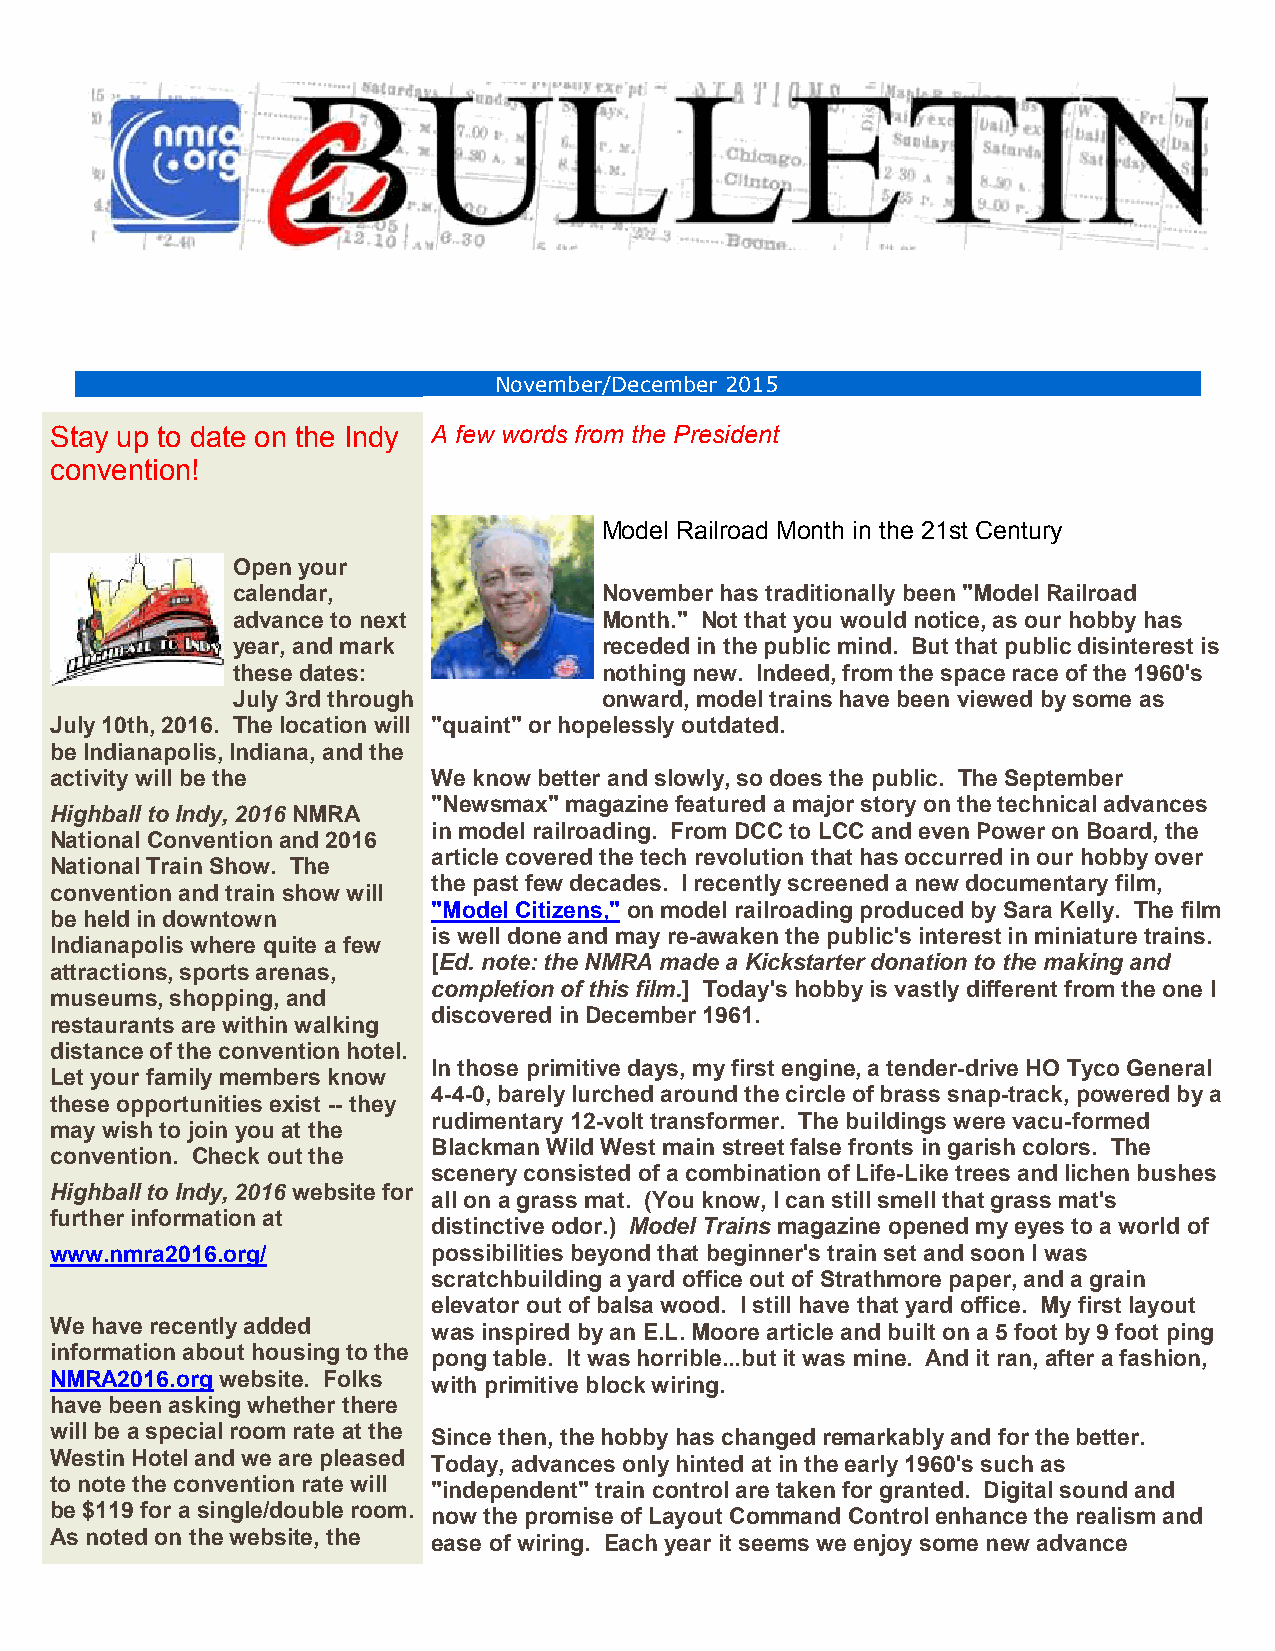
November/December 2015
 Stay up to date on the Indy A few words from the President
 convention!
 Model Railroad Month in the 21st Century
 Open your
 calendar,                November has traditionally been "Model Railroad
 advance to next          Month." Not that you would notice, as our hobby has
 year, and mark           receded in the public mind. But that public disinterest is
 these dates:             nothing new. Indeed, from the space race of the 1960's
 July 3rd through         onward, model trains have been viewed by some as
 July 10th, 2016. The location will "quaint" or hopelessly outdated.
 be Indianapolis, Indiana, and the
 activity will be the      We know better and slowly, so does the public. The September
 "Newsmax" magazine featured a major story on the technical advances
 Highball to Indy, 2016 NMRA
 in model railroading. From DCC to LCC and even Power on Board, the
 National Convention and 2016
 article covered the tech revolution that has occurred in our hobby over
 National Train Show. The
 the past few decades. I recently screened a new documentary film,
 convention and train show will
 "Model Citizens," on model railroading produced by Sara Kelly. The film
 be held in downtown
 is well done and may re-awaken the public's interest in miniature trains.
 Indianapolis where quite a few
 [Ed. note: the NMRA made a Kickstarter donation to the making and
 attractions, sports arenas,
 completion of this film.] Today's hobby is vastly different from the one I
 museums, shopping, and
 discovered in December 1961.
 restaurants are within walking
 distance of the convention hotel.
 In those primitive days, my first engine, a tender-drive HO Tyco General
 Let your family members know
 4-4-0, barely lurched around the circle of brass snap-track, powered by a
 these opportunities exist -- they
 rudimentary 12-volt transformer. The buildings were vacu-formed
 may wish to join you at the
 Blackman Wild West main street false fronts in garish colors. The
 convention. Check out the
 scenery consisted of a combination of Life-Like trees and lichen bushes
 Highball to Indy, 2016 website for
 all on a grass mat. (You know, I can still smell that grass mat's
 further information at
 distinctive odor.) Model Trains magazine opened my eyes to a world of
 www.nmra2016.org/         possibilities beyond that beginner's train set and soon I was
 scratchbuilding a yard office out of Strathmore paper, and a grain
 elevator out of balsa wood. I still have that yard office. My first layout
 We have recently added    was inspired by an E.L. Moore article and built on a 5 foot by 9 foot ping
 information about housing to the pong table. It was horrible...but it was mine. And it ran, after a fashion,
 NMRA2016.org website. Folks with primitive block wiring.
 have been asking whether there
 will be a special room rate at the Since then, the hobby has changed remarkably and for the better.
 Westin Hotel and we are pleased Today, advances only hinted at in the early 1960's such as
 to note the convention rate will "independent" train control are taken for granted. Digital sound and
 be $119 for a single/double room. now the promise of Layout Command Control enhance the realism and
 As noted on the website, the ease of wiring. Each year it seems we enjoy some new advance